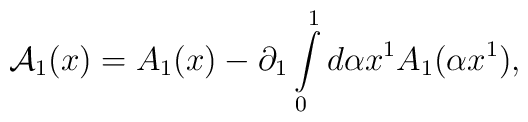
{\cal A}_1 (x) = A_1 (x) - \partial _1 \int\limits_0^1 {d\alpha }x^1 A_1 (\alpha x^1 ) ,